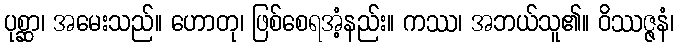
ပုစ္ဆာ၊ အမေးသည်။ ဟောတု၊ ဖြစ်စေရအံ့နည်း။ ကဿ၊ အဘယ်သူ၏။ ဝိဿဇ္ဇနံ၊